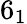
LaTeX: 6_{1}